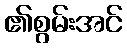
၏စွမ်းအင်